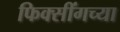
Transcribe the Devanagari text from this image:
फिक्सींगच्या